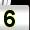
Digit: 5